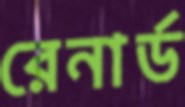
রেনার্ড